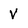
Character: V